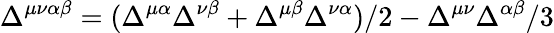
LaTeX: \Delta^{\mu\nu\alpha\beta}=(\Delta^{\mu\alpha}\Delta^{\nu\beta}+\Delta^{\mu\beta}\Delta^{\nu\alpha})/2-\Delta^{\mu\nu}\Delta^{\alpha\beta}/3